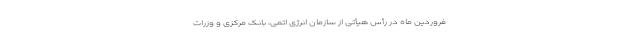
فروردین ماه در رأس هیأتی از سازمان انرژی اتمی، بانک مرکزی و وزرات